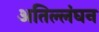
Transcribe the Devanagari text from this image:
अतिल्लंघन